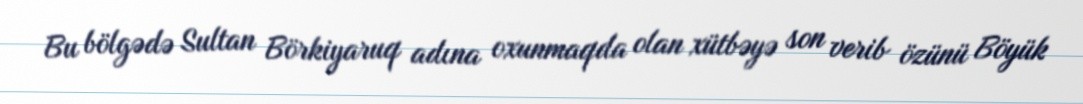
Bu bölgədə Sultan Börkiyaruq adına oxunmaqda olan xütbəyə son verib özünü Böyük